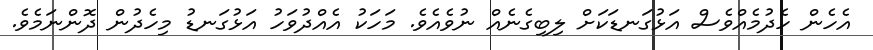
އެހެން ހެދުމެއްވެސް އަޅުގަނޑަކަށް ލިބިގެނެއް ނުވެއެވެ. މަހަކު އެއްދުވަހު އަޅުގަނޑު މިހެދުން ދޮންނަމެވެ.